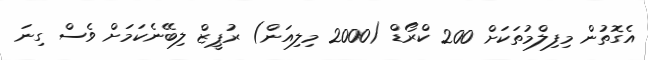
އެގޮތުން މިފިލްމުތަކަށް 200 ކްރޯޑް (2000 މިލިއަން) ރުޕީޒް ލިބޭނެކަމަށް ވެސް ގިނަ